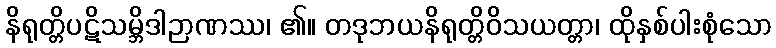
နိရုတ္တိပဋိသမ္ဘိဒါဉာဏဿ၊ ၏။ တဒုဘယနိရုတ္တိဝိသယတ္တာ၊ ထိုနှစ်ပါးစုံသော